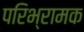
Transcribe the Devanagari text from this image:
परिभ्रामक